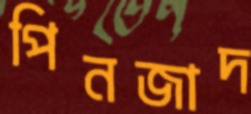
পিনজাদ